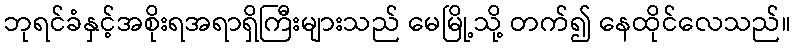
ဘုရင်ခံနှင့်အစိုးရအရာရှိကြီးများသည် မေမြို့သို့ တက်၍ နေထိုင်လေသည်။